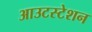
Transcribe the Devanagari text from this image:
आउटस्टेशन